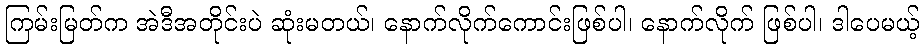
ကြမ်းမြတ်က အဲဒီအတိုင်းပဲ ဆုံးမတယ်၊ နောက်လိုက်ကောင်းဖြစ်ပါ၊ နောက်လိုက် ဖြစ်ပါ၊ ဒါပေမယ့်